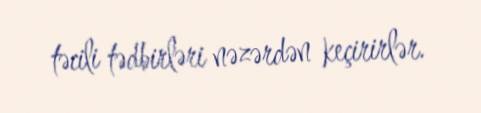
təcili tədbirləri nəzərdən keçirirlər.